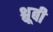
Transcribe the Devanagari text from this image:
श्लूबी